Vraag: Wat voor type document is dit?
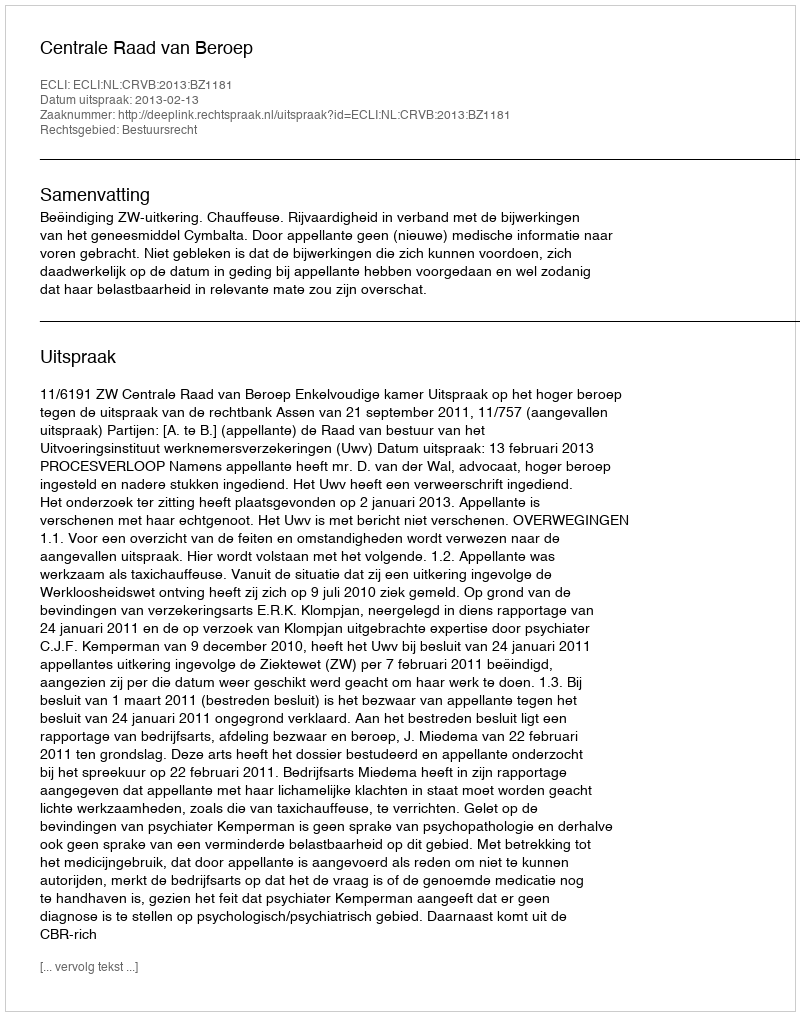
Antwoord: Uitspraak